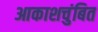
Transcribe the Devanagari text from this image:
आकाशचुंबित